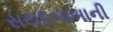
સયદબાબાની